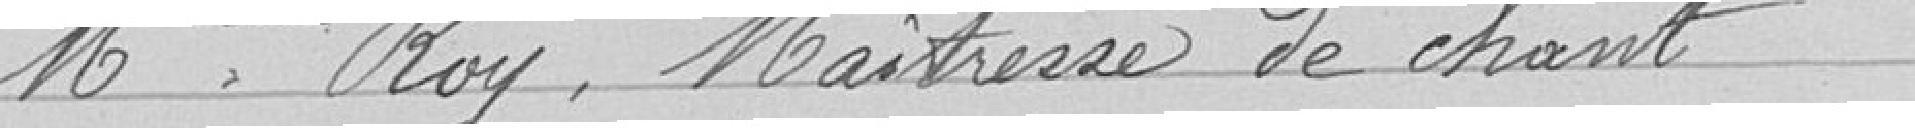
Melle Roy, Maitresse de chant